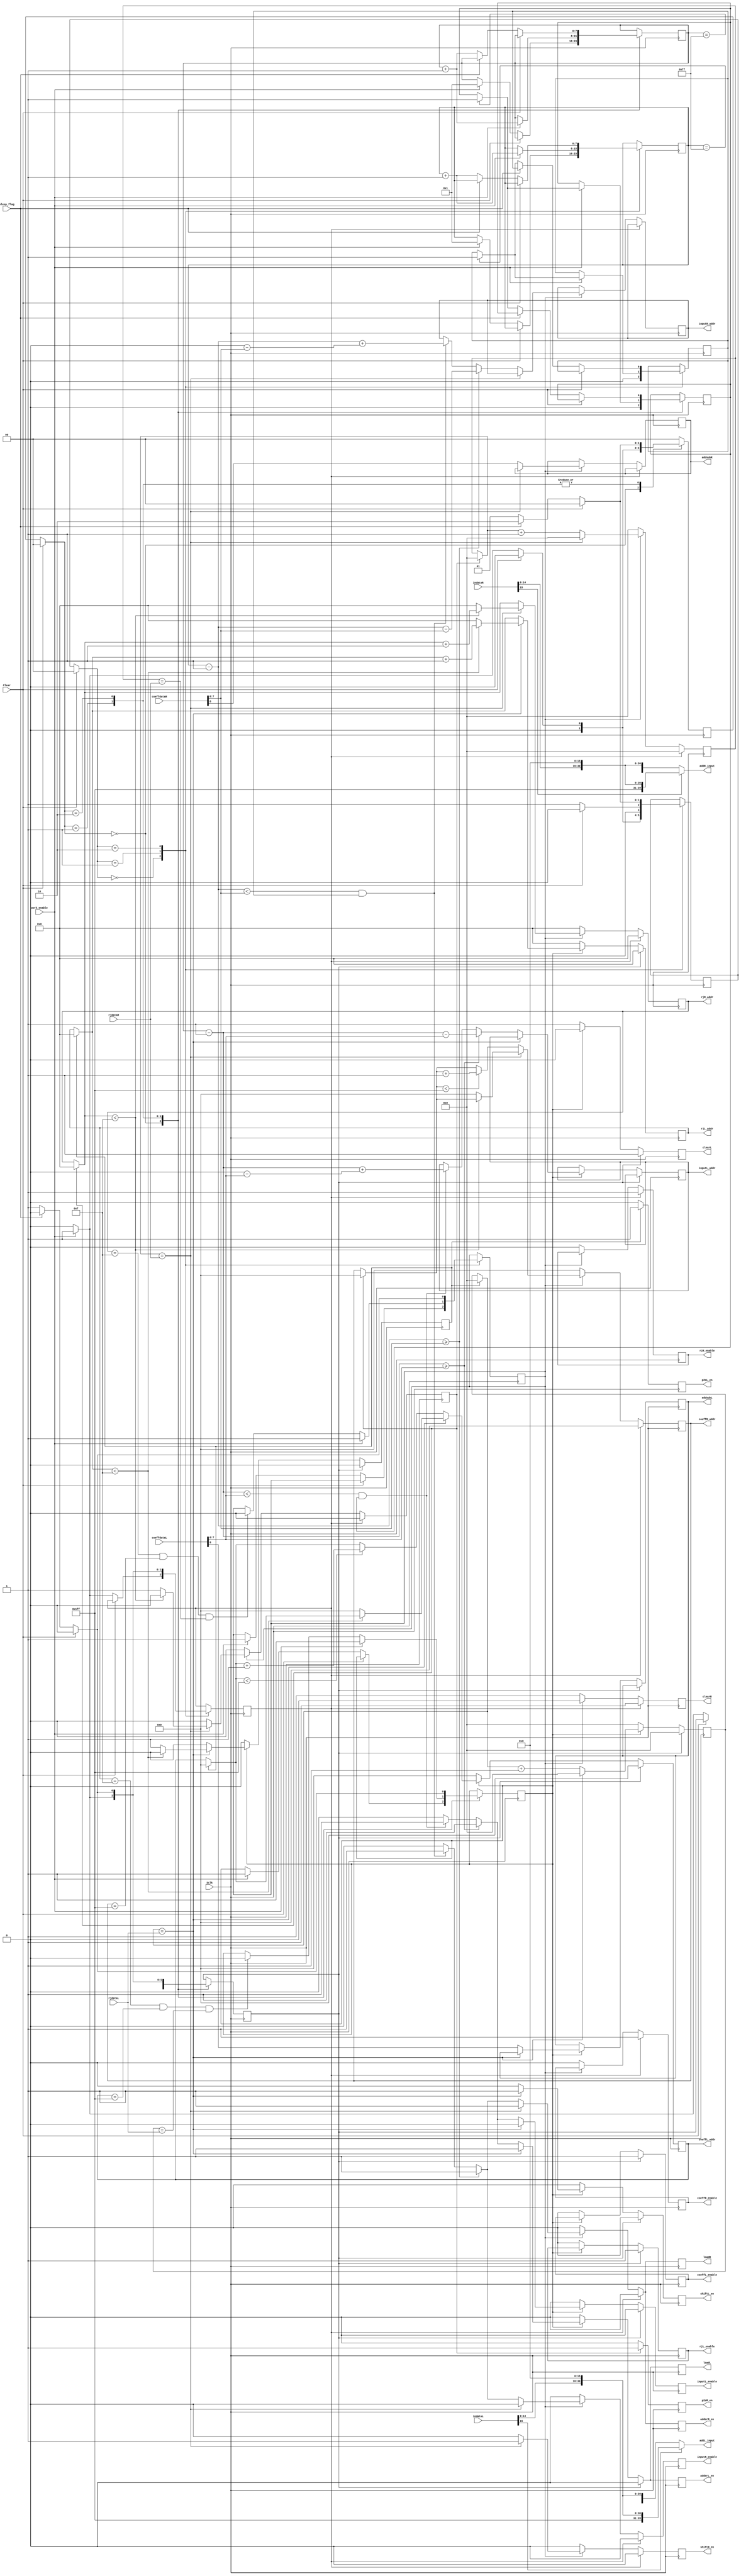
module alu_controller (
	input work_enable,
	input Clear,
	input Sclk,
	input sleep_flag,
	
	input [15:0] rjdataL, coeffdataL, indataL,
	input [15:0] rjdataR, coeffdataR, indataR,
	
	output [39:0] addL_input, addR_input,
	output reg rjL_enable, coeffL_enable, inputL_enable,
	output reg rjR_enable, coeffR_enable, inputR_enable,
	output reg addsubL, adderL_en, shiftL_en, loadL, clearL, p2sL_en,
	output reg addsubR, adderR_en, shiftR_en, loadR, clearR, p2sR_en,
        output reg [3:0] rjL_addr,
	output reg [8:0] coeffL_addr,
	output reg [7:0] inputL_addr,
	
	output reg [3:0] rjR_addr,
	output reg [8:0] coeffR_addr,
	output reg [7:0] inputR_addr
	
	
	);
	
	parameter start_ini_state = 2'b00, work_state = 2'b01, sleep_state = 2'b10;
	
	reg memL_overflow, start_workL, work_statusL, outL;
	reg memR_overflow, start_workR, work_statusR, outR;
	reg [1:0] present_stateL, next_stateL;
	reg [1:0] present_stateR, next_stateR;
	reg [7:0] kL, kR;
	reg [7:0] xcntL, x_indexL;
	reg [7:0] xcntR, x_indexR;
	
	assign addL_input = (indataL[15]) ? {8'hFF, indataL, 16'h0000} : {8'h00, indataL, 16'h0000};
	assign addR_input = (indataR[15]) ? {8'hFF, indataR, 16'h0000} : {8'h00, indataR, 16'h0000};
	
		
	always @(Clear, next_stateL)
	begin
		if (Clear == 1'b1)
			present_stateL <= start_ini_state;
		else
			present_stateL <= next_stateL;
	end
	
	always @(negedge Sclk)
	begin
		case (present_stateL)
			start_ini_state:
				begin
					memL_overflow <= 1'b0;
					if (Clear == 1'b1)
						next_stateL <= start_ini_state;
					else if (work_enable == 1'b1)
					begin
						next_stateL <= work_state;
						xcntL <= 8'd1;
						start_workL <= 1'b1;
						work_statusL <= 1'b1;
					end
					else
					begin
						next_stateL <= start_ini_state;
						xcntL <= xcntL;
						start_workL <= 1'b0;
					end
				end
			
			work_state:
				begin
					if (work_enable == 1'b1)
					begin
						xcntL <= xcntL + 1'b1;
						start_workL <= 1'b1;
						work_statusL <= 1'b1;
						if (xcntL == 8'hFF)
							memL_overflow <= 1'b1;
						else
							memL_overflow <= memL_overflow;
					end
					else
					begin
						start_workL <= 1'b0;
						memL_overflow <= memL_overflow;
						if (rjL_addr == 4'hF && coeffL_addr == 9'h1FF && kL == rjdataL)
							work_statusL <= 1'b0;
						else
							work_statusL <= work_statusL;
					end
					
					if (Clear == 1'b1)
						next_stateL <= start_ini_state;
					else if (sleep_flag == 1'b1)
						next_stateL <= sleep_state;
					else
						next_stateL <= work_state;
				end
			
			sleep_state:
				begin
					xcntL <= xcntL;
					memL_overflow <= memL_overflow;
					start_workL <= 1'b0;
					work_statusL <= 1'b0;
					if (Clear == 1'b1)
						next_stateL <= start_ini_state;
					else if (sleep_flag == 1'b0)
					begin
						xcntL <= xcntL + 1'b1;
						start_workL <= 1'b1;
						work_statusL <= 1'b1;
						if (xcntL == 8'hFF)
							memL_overflow <= 1'b1;
						else
							memL_overflow <= memL_overflow;
						next_stateL <= work_state;
					end
					else
						next_stateL <= sleep_state;
				end
				
			default:	next_stateL <= start_ini_state;
		endcase
	end
	
	always @(negedge Sclk)
	begin
		if (outL)
		begin
			p2sL_en = 1'b1;
			rjL_addr = 4'd0;
			coeffL_addr = 9'd0;
			kL = 8'd0;
			outL = 1'b0;
			clearL = 1'b1;
		end
		else
			p2sL_en = 1'b0;
		
		if (start_workL == 1'b1)
		begin
			outL = 1'b0;
			rjL_addr = 4'd0;
			rjL_enable = 1'b1;
			coeffL_addr = 9'd0;
			coeffL_enable = 1'b1;
			inputL_enable = 1'b0;
			adderL_en = 1'b0;
			shiftL_en = 1'b0;
			kL = 8'd0;
			clearL = 1'b1;
			loadL = 1'b0;
		end
		else if (work_statusL == 1'b1)
		begin
			if (kL == rjdataL)
			begin
				inputL_enable = 1'b0;
				shiftL_en = 1'b1;
				clearL = 1'b0;
				loadL = 1'b1;
				adderL_en = 1'b1;
				kL = 8'd0;
				if (rjL_addr < 4'd15)
				begin
					rjL_addr = rjL_addr + 1'b1;
				end
				else
				begin
					rjL_addr = 4'd0;
					outL = 1'b1;
					coeffL_addr = 9'd0;
				end
			end
			else
			begin
				shiftL_en = 1'b0;
				clearL = 1'b0;
				loadL = 1'b0;
				inputL_enable = 1'b0;
				x_indexL = coeffdataL[7:0];
				addsubL = coeffdataL[8];
				if (xcntL - 1'b1 >= x_indexL)
				begin
					inputL_addr = xcntL - 1'b1 - x_indexL;
					inputL_enable = 1'b1;
					adderL_en = 1'b1;
					loadL = 1'b1;
				end
				else if (xcntL - 1'b1 < x_indexL && memL_overflow == 1'b1)
				begin
					inputL_addr = xcntL - 1'b1 + (9'd256 - x_indexL);
					inputL_enable = 1'b1;
					adderL_en = 1'b1;
					loadL = 1'b1;
				end
				else
				begin
					inputL_addr = inputL_addr;
					adderL_en = 1'b0;
				end
				
				if (coeffL_addr < 9'h1FF)
					coeffL_addr = coeffL_addr + 1'b1;
				else
					coeffL_addr = coeffL_addr;
				
				kL = kL + 1'b1;
			end
		end
		else
		begin
			rjL_addr = 4'd0;
			rjL_enable = 1'b0;
			coeffL_addr = 9'd0;
			coeffL_enable = 1'b0;
			inputL_enable = 1'b0;
			adderL_en = 1'b0;
			shiftL_en = 1'b0;
			kL = 8'd0;
			loadL = 1'b0;
			clearL = 1'b1;
		end
	end
	
	
	// Right side FSM
	
	always @(Clear, next_stateR)
	begin
		if (Clear == 1'b1)
			present_stateR <= start_ini_state;
		else
			present_stateR <= next_stateR;
	end
	
	always @(negedge Sclk)
	begin
		case (present_stateR)
			start_ini_state:
				begin
					memR_overflow <= 1'b0;
					if (Clear == 1'b1)
						next_stateR <= start_ini_state;
					else if (work_enable == 1'b1)
					begin
						next_stateR <= work_state;
						xcntR <= 8'd1;
						start_workR <= 1'b1;
						work_statusR <= 1'b1;
					end
					else
					begin
						next_stateR <= start_ini_state;
						xcntR <= xcntR;
						start_workR <= 1'b0;
					end
				end
			
			work_state:
				begin
					if (work_enable == 1'b1)
					begin
						xcntR <= xcntR + 1'b1;
						start_workR <= 1'b1;
						work_statusR <= 1'b1;
						if (xcntR == 8'hFF)
							memR_overflow <= 1'b1;
						else
							memR_overflow <= memR_overflow;
					end
					else
					begin
						start_workR <= 1'b0;
						memR_overflow <= memR_overflow;
						if (rjR_addr == 4'hF && coeffR_addr == 9'h1FF && kR == rjdataR)
							work_statusR <= 1'b0;
						else
							work_statusR <= work_statusR;
					end
					
					if (Clear == 1'b1)
						next_stateR <= start_ini_state;
					else
						next_stateR <= work_state;
				end
			
			sleep_state:
				begin
					xcntR <= xcntR;
					memR_overflow <= memR_overflow;
					start_workR <= 1'b0;
					work_statusR <= 1'b0;
					if (Clear == 1'b1)
						next_stateR <= start_ini_state;
					else if (sleep_flag == 1'b0)
					begin
						xcntR <= xcntR + 1'b1;
						start_workR <= 1'b1;
						work_statusR <= 1'b1;
						if (xcntR == 8'hFF)
							memR_overflow <= 1'b1;
						else
							memR_overflow <= memR_overflow;
						next_stateR <= work_state;
					end
					else
						next_stateR <= sleep_state;
				end
				
			default:
				begin
				end
		endcase
	end
	
	always @(negedge Sclk)
	begin
		if (outR)
		begin
			p2sR_en = 1'b1;
			rjR_addr = 4'd0;
			coeffR_addr = 9'd0;
			kR = 8'd0;
			outR = 1'b0;
		end
		else
			p2sR_en = 1'b0;
		
		if (start_workR == 1'b1)
		begin
			outR = 1'b0;
			rjR_addr = 4'd0;
			rjR_enable = 1'b1;
			coeffR_addr = 9'd0;
			coeffR_enable = 1'b1;
			inputR_enable = 1'b0;
			adderR_en = 1'b0;
			shiftR_en = 1'b0;
			kR = 8'd0;
			clearR = 1'b1;
			loadR = 1'b0;
		end
		else if (work_statusR == 1'b1)
		begin
			if (kR == rjdataR)
			begin
				inputR_enable = 1'b0;
				shiftR_en = 1'b1;
				clearR = 1'b0;
				loadR = 1'b1;
				adderR_en = 1'b1;
				kR = 8'd0;
				if (rjR_addr < 4'd15)
				begin
					rjR_addr = rjR_addr + 1'b1;
				end
				else
				begin
					rjR_addr = 4'd0;
					outR = 1'b1;
					coeffR_addr = 9'd0;
				end
			end
			else
			begin
				shiftR_en = 1'b0;
				clearR = 1'b0;
				loadR = 1'b0;
				inputR_enable = 1'b0;
				x_indexR = coeffdataR[7:0];
				addsubR = coeffdataR[8];
				if (xcntR - 1'b1 >= x_indexR)
				begin
					inputR_addr = xcntR - 1'b1 - x_indexR;
					inputR_enable = 1'b1;
					adderR_en = 1'b1;
					loadR = 1'b1;
				end
				else if (xcntR - 1'b1 < x_indexR && memR_overflow == 1'b1)
				begin
					inputR_addr = xcntR - 1'b1 + (9'd256 - x_indexR);
					inputR_enable = 1'b1;
					adderR_en = 1'b1;
					loadR = 1'b1;
				end
				else
				begin
					inputR_addr = inputR_addr;
					adderR_en = 1'b0;
				end
				
				if (coeffR_addr < 9'h1FF)
					coeffR_addr = coeffR_addr + 1'b1;
				else
					coeffR_addr = coeffR_addr;
				
				kR = kR + 1'b1;
			end
		end
		else
		begin
			rjR_addr = 4'd0;
			rjR_enable = 1'b0;
			coeffR_addr = 9'd0;
			coeffR_enable = 1'b0;
			inputR_enable = 1'b0;
			adderR_en = 1'b0;
			shiftR_en = 1'b0;
			kR = 8'd0;
			loadR = 1'b0;
			clearR = 1'b1;
		end
	end
	
endmodule